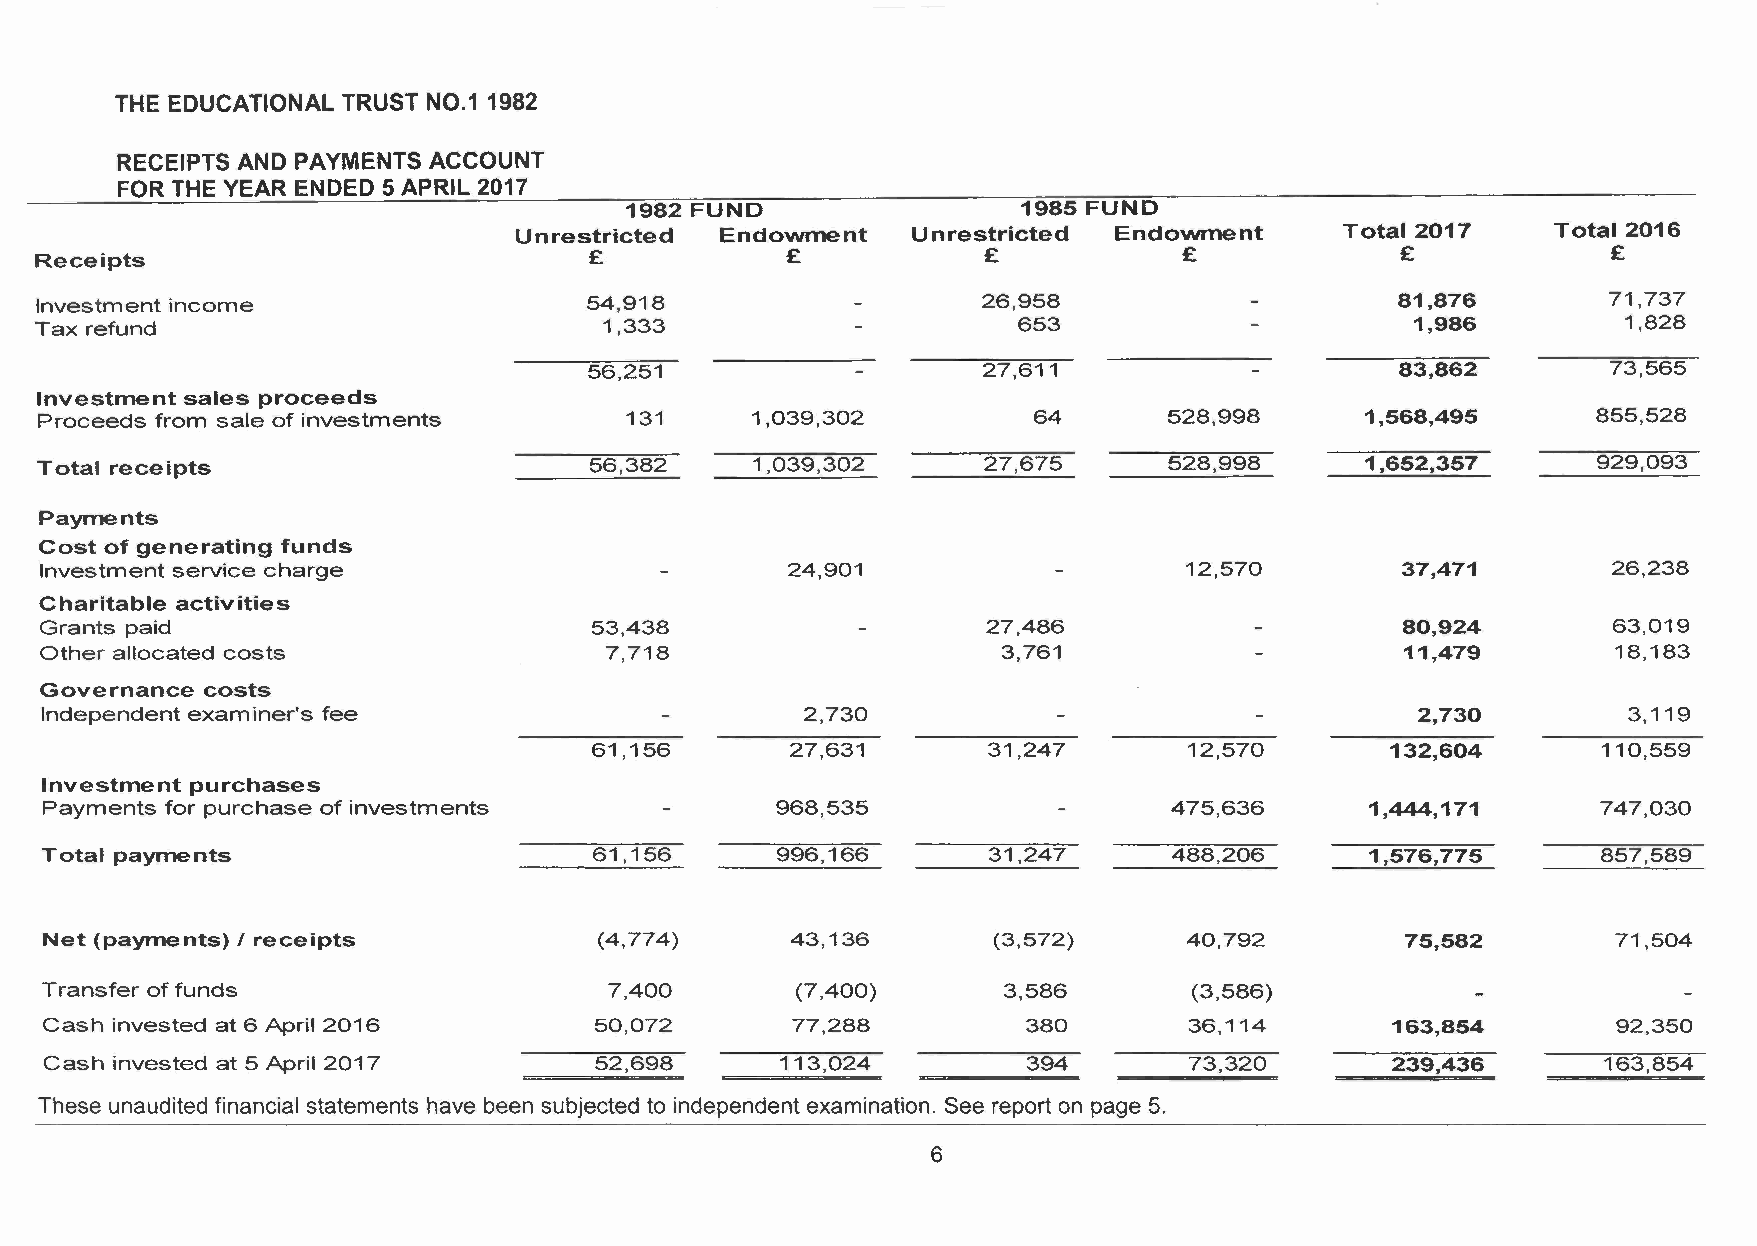
Net (payments) I receipts            (4,774)     43,136        (3,572)     40,792         75,582        71,504
 Transfer of funds                    7,400        (7,400)      3,586        (3,586)
 Cash invested at 6 April 2016       50,072       77,288          380        36,114       163,854        92,350
 Cash invested at 5 April 2017       52,698       113,024         394        73,320       239,436       163,854
 These unaudited financial statements have been subjected to independent examination. See report on page 5.
 6